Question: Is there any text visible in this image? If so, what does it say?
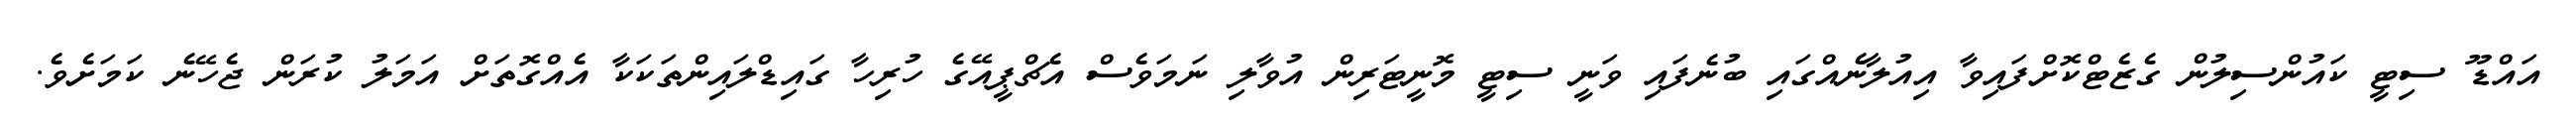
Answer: އައްޑޫ ސިޓީ ކައުންސިލުން ގެޒެޓްކޮށްފައިވާ އިއުލާނެއްގައި ބުނެފައި ވަނީ ސިޓީ މޮނީޓަރިން އުވާލި ނަމަވެސް އެޗްޕީއޭގެ ހުރިހާ ގައިޑްލައިންތަކަކާ އެއްގޮތަށް އަމަލު ކުރަން ޖެހޭނެ ކަމަށެވެ.